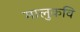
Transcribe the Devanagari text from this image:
मालुकवि